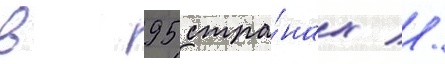
в 95 стра́нах //